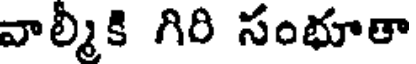
వాల్మీకి గిరి సంభూతా